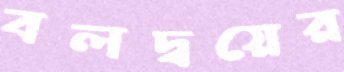
বলদ্বয়ের